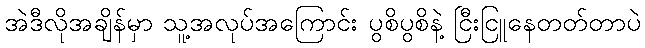
အဲဒီလိုအချိန်မှာ သူ့အလုပ်အကြောင်း ပွစိပွစိနဲ့ ငြီးငြူနေတတ်တာပဲ